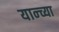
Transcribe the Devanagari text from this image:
यान्च्या